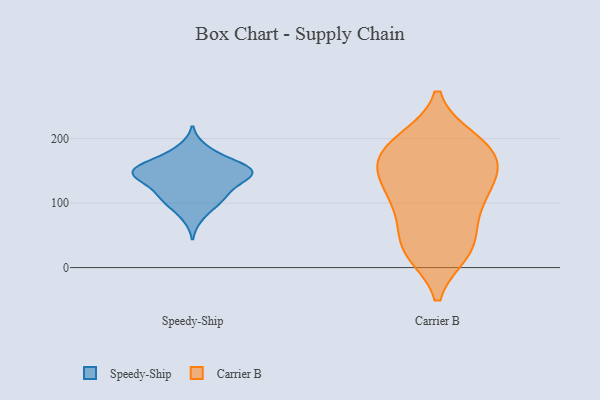
{"axis": {"x": "Churn Rate (%)", "y": "Value"}, "legend": ["Carrier B", "Speedy-Ship"], "data": [{"x": "", "y": 177, "type": "Speedy-Ship"}, {"x": "", "y": 158, "type": "Speedy-Ship"}, {"x": "", "y": 128, "type": "Speedy-Ship"}, {"x": "", "y": 151, "type": "Speedy-Ship"}, {"x": "", "y": 107, "type": "Speedy-Ship"}, {"x": "", "y": 112, "type": "Speedy-Ship"}, {"x": "", "y": 159, "type": "Speedy-Ship"}, {"x": "", "y": 145, "type": "Speedy-Ship"}, {"x": "", "y": 154, "type": "Speedy-Ship"}, {"x": "", "y": 99, "type": "Speedy-Ship"}, {"x": "", "y": 144, "type": "Speedy-Ship"}, {"x": "", "y": 134, "type": "Speedy-Ship"}, {"x": "", "y": 186, "type": "Speedy-Ship"}, {"x": "", "y": 126, "type": "Speedy-Ship"}, {"x": "", "y": 147, "type": "Speedy-Ship"}, {"x": "", "y": 158, "type": "Speedy-Ship"}, {"x": "", "y": 145, "type": "Speedy-Ship"}, {"x": "", "y": 102, "type": "Speedy-Ship"}, {"x": "", "y": 77, "type": "Speedy-Ship"}, {"x": "", "y": 152, "type": "Carrier B"}, {"x": "", "y": 33, "type": "Carrier B"}, {"x": "", "y": 164, "type": "Carrier B"}, {"x": "", "y": 149, "type": "Carrier B"}, {"x": "", "y": 27, "type": "Carrier B"}, {"x": "", "y": 183, "type": "Carrier B"}, {"x": "", "y": 198, "type": "Carrier B"}, {"x": "", "y": 131, "type": "Carrier B"}, {"x": "", "y": 32, "type": "Carrier B"}, {"x": "", "y": 157, "type": "Carrier B"}, {"x": "", "y": 191, "type": "Carrier B"}, {"x": "", "y": 84, "type": "Carrier B"}, {"x": "", "y": 109, "type": "Carrier B"}, {"x": "", "y": 195, "type": "Carrier B"}, {"x": "", "y": 112, "type": "Carrier B"}, {"x": "", "y": 82, "type": "Carrier B"}, {"x": "", "y": 24, "type": "Carrier B"}]}